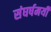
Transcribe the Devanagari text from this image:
संघर्षमयी